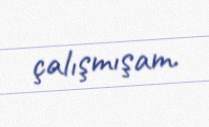
çalışmışam.